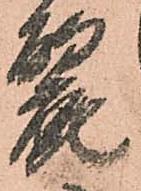
麗